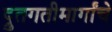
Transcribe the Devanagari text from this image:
द्रुतगतीमार्गांचे